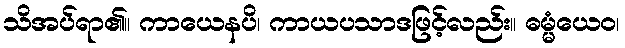
သိအပ်ရာ၏။ ကာယေနပိ၊ ကာယပသာဒဖြင့်လည်း။ ဓမ္မံယေဝ၊